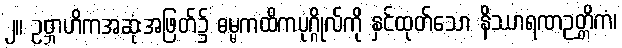
၂။ ဥဗ္ဘာဟိကအဆုံးအဖြတ်၌ ဓမ္မကထိကပုဂ္ဂိုလ်ကို နှင်ထုတ်သော နိဿာရဏဉတ္တိကံ၊